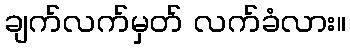
ချက်လက်မှတ် လက်ခံလား။